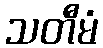
သတီမံ